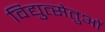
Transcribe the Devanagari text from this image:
विद्युत्सेतुओं